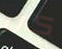
كان